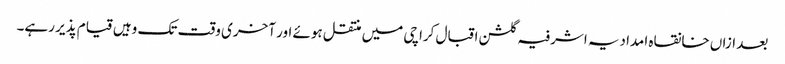
بعد ازاں خانقاہ امدادیہ اشرفیہ گلشن اقبال کراچی میں منتقل ہوئے اور آخری وقت تک وہیں قیام پذیر رہے۔